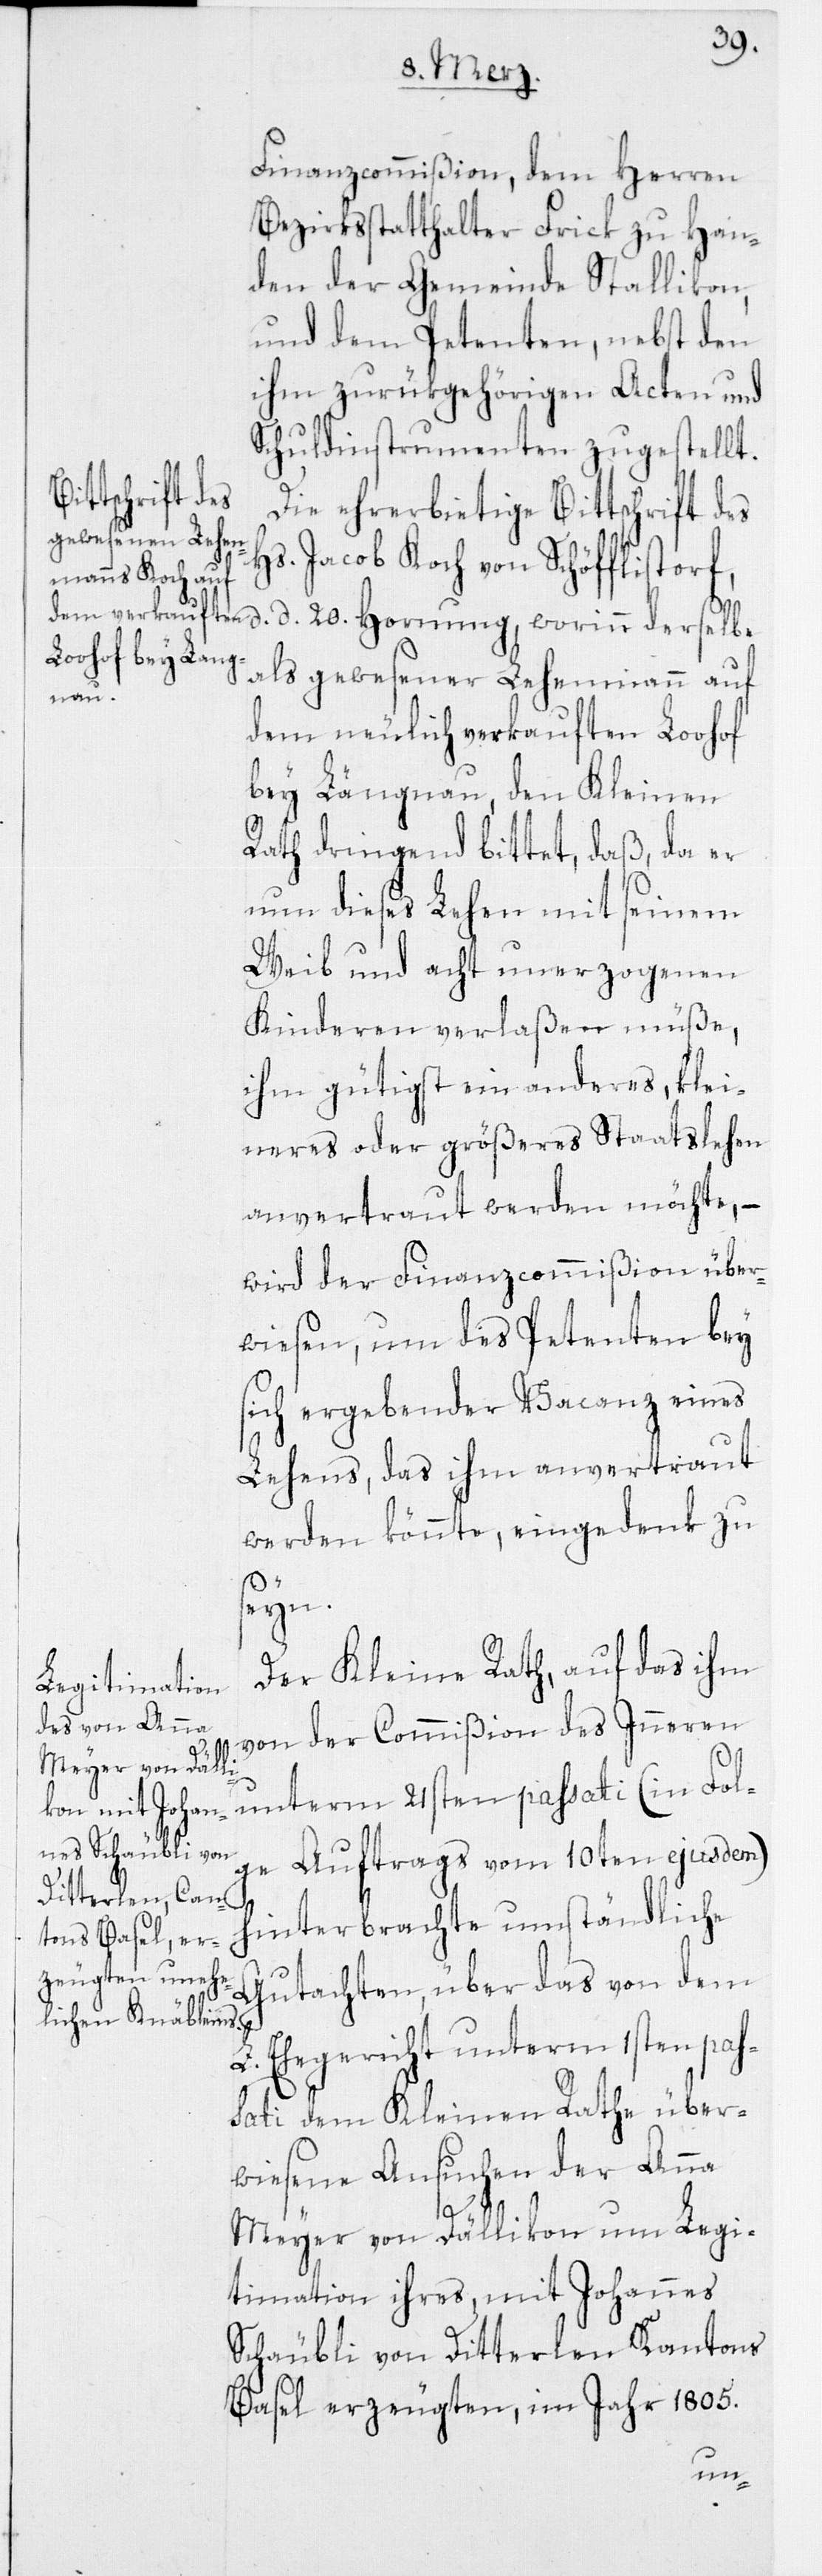
Finanzcommißion, dem Herren
Bezirksstatthalter Frick zu Han¬
den der Gemeinde Stallikon,
und dem Petenten, nebst den
ihm zurükgehörigen Acten und
Schuldinstrumenten zugestellt.
Die ehrerbietige Bittschrift des
Hs. Jacob Koch von Schöfflistorf,
d. d. 20sten Hornung, worinn derselbe,
als gewesener Lehenmann auf
dem neulich verkauften Loohof
bey Längnau, den Kleinen
Rath dringend bittet, daß, da er
nun dieses Lehen mit seinem
Weib und acht unerzogenen
Kinderen verlaßen müße,
ihm gütigst ein anderes, klei¬
neres oder größeres Staatslehen
anvertraut werden möchte, –
wird der Finanzcommißion über¬
wiesen, um des Petenten bey
sich ergebender Vacanz eines
Lehens, das ihm anvertraut
werden könnte, eingedenk zu
seyn.
Der Kleine Rath, auf das ihm
von der Commißion des Inneren
unterm 21sten passati (in Fol¬
ge Auftrags vom 10ten ejusdem)
hinterbrachte umständliche
Gutachten, über das von dem
L. Ehegericht unterm 1sten pas¬
sati dem Kleinen Rathe über¬
wiesene Ansuchen der Anna
Meyer von Dällikon um Legi¬
timation ihres, mit Johannes
Schäubli von Ditterlen Cantons
Basel erzeugten, im Jahr 1805.